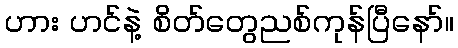
ဟား ဟင်နဲ့ စိတ်တွေညစ်ကုန်ပြီနော်။